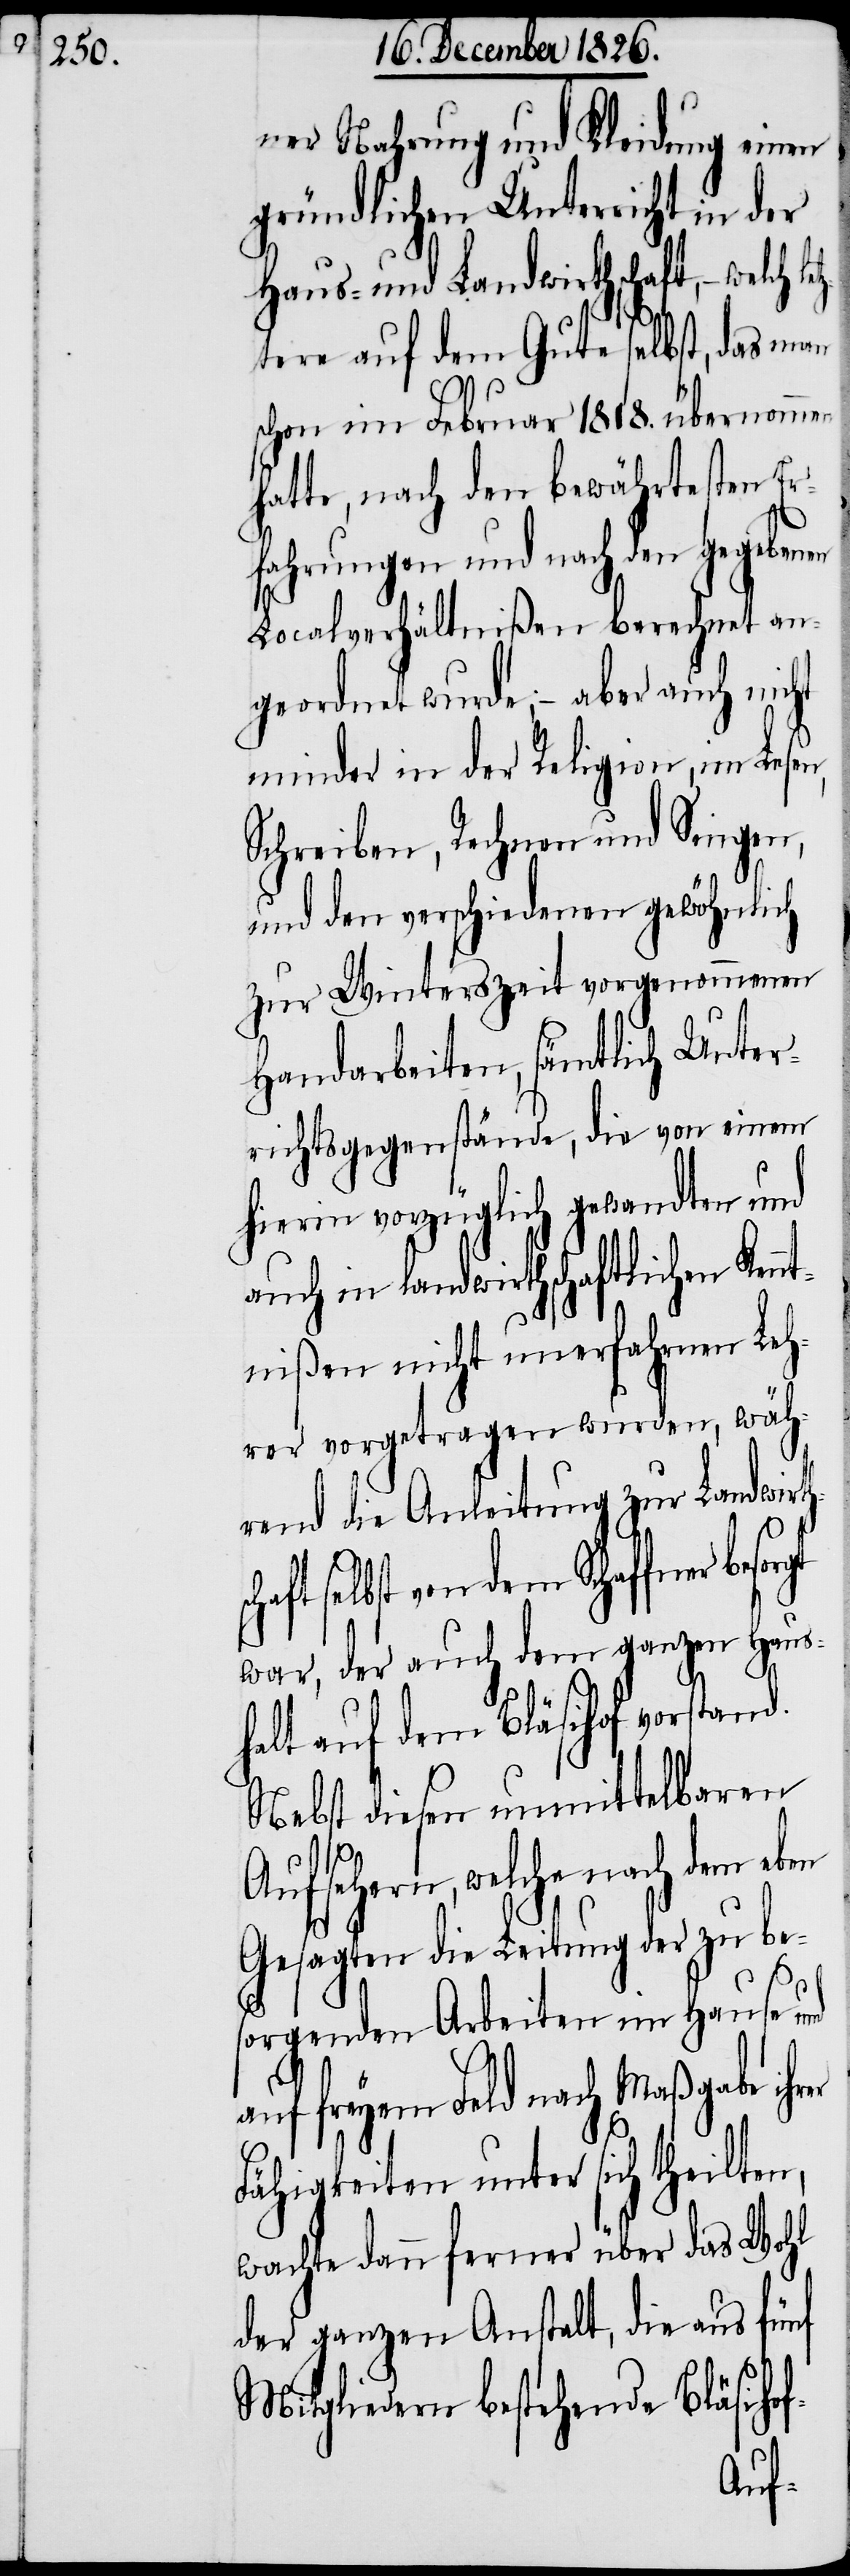
ner Nahrung und Kleidung einen
gründlichen Unterricht in der
Haus- und Landwirthschaft, – welch le¬
tztere auf dem Gute selbst, das man
schon im Februar 1818. übernommen
hatte, nach den bewährtesten Er¬
fahrungen und nach den gegebenen
Localverhältnißen berechnet an¬
geordnet wurde; – aber auch nicht
minder in der Religion, im Lesen,
Schreiben, Rechnen und Singen,
und den verschiedenen gewöhnlich
zur Winterszeit vorgenommenen
Handarbeiten, sämtlich Unter¬
richtsgegenstände, die von einem
hierin vorzüglich gewandten und
auch in landwirthschaftlichen Kenn¬
tnißen nicht unerfahrnen Leh¬
rer vorgetragen wurden, wäh¬
rend die Anleitung zur Landwirt¬
ft selbst von dem Schaffner
war, der auch dem ganzen Haus¬
halt auf dem Bläsihof vorstand.
Nebst diesen unmittelbaren
Aufsehern, welche nach dem eben
die Leitung der zu be¬
sorgenden Arbeiten im Hause
freyem Feld nach Maßgabe
Fähigkeiten unter sich theilten,
wachte dann ferner über das Wohl
der ganzen Anstalt, die aus fünf
Mitgliedern bestehende Bläsihof-
hscha¬